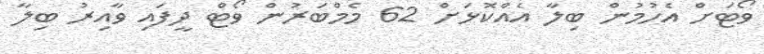
ވޯޓަށް އެހުމުން ބިލާ އެއްކޮޅަށް 62 މެމްބަރުން ވޯޓް ދީފައި ވާއިރު ބިލާ